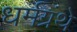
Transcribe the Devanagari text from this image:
धर्मग्रंथे